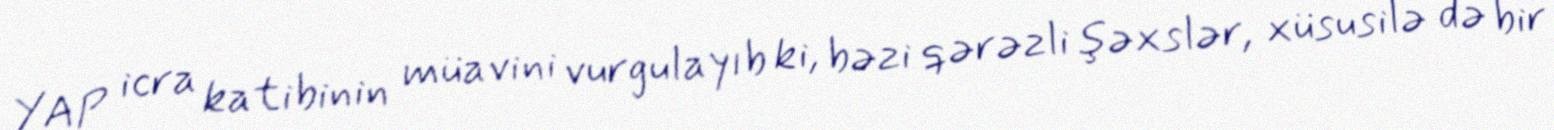
YAP icra katibinin müavini vurgulayıb ki, bəzi qərəzli şəxslər, xüsusilə də bir